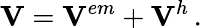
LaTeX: \mathbf{V}=\mathbf{V}^{em}+\mathbf{V}^{h}\, .